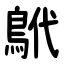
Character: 鴏